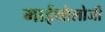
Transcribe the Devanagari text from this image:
माईथोलोजी